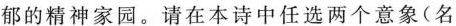
郁的精神家园。请在本诗中任选两个意象(名